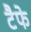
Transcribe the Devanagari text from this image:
टैफे